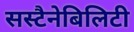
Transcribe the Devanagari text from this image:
सस्टैनेबिलिटी